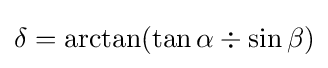
\delta =\arctan(\tan \alpha \div \sin \beta )